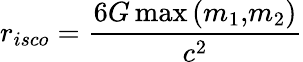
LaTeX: r_{isco}=\frac{6G\operatorname*{max}{(m_{1},}{m_{2})}}{c^{2}}